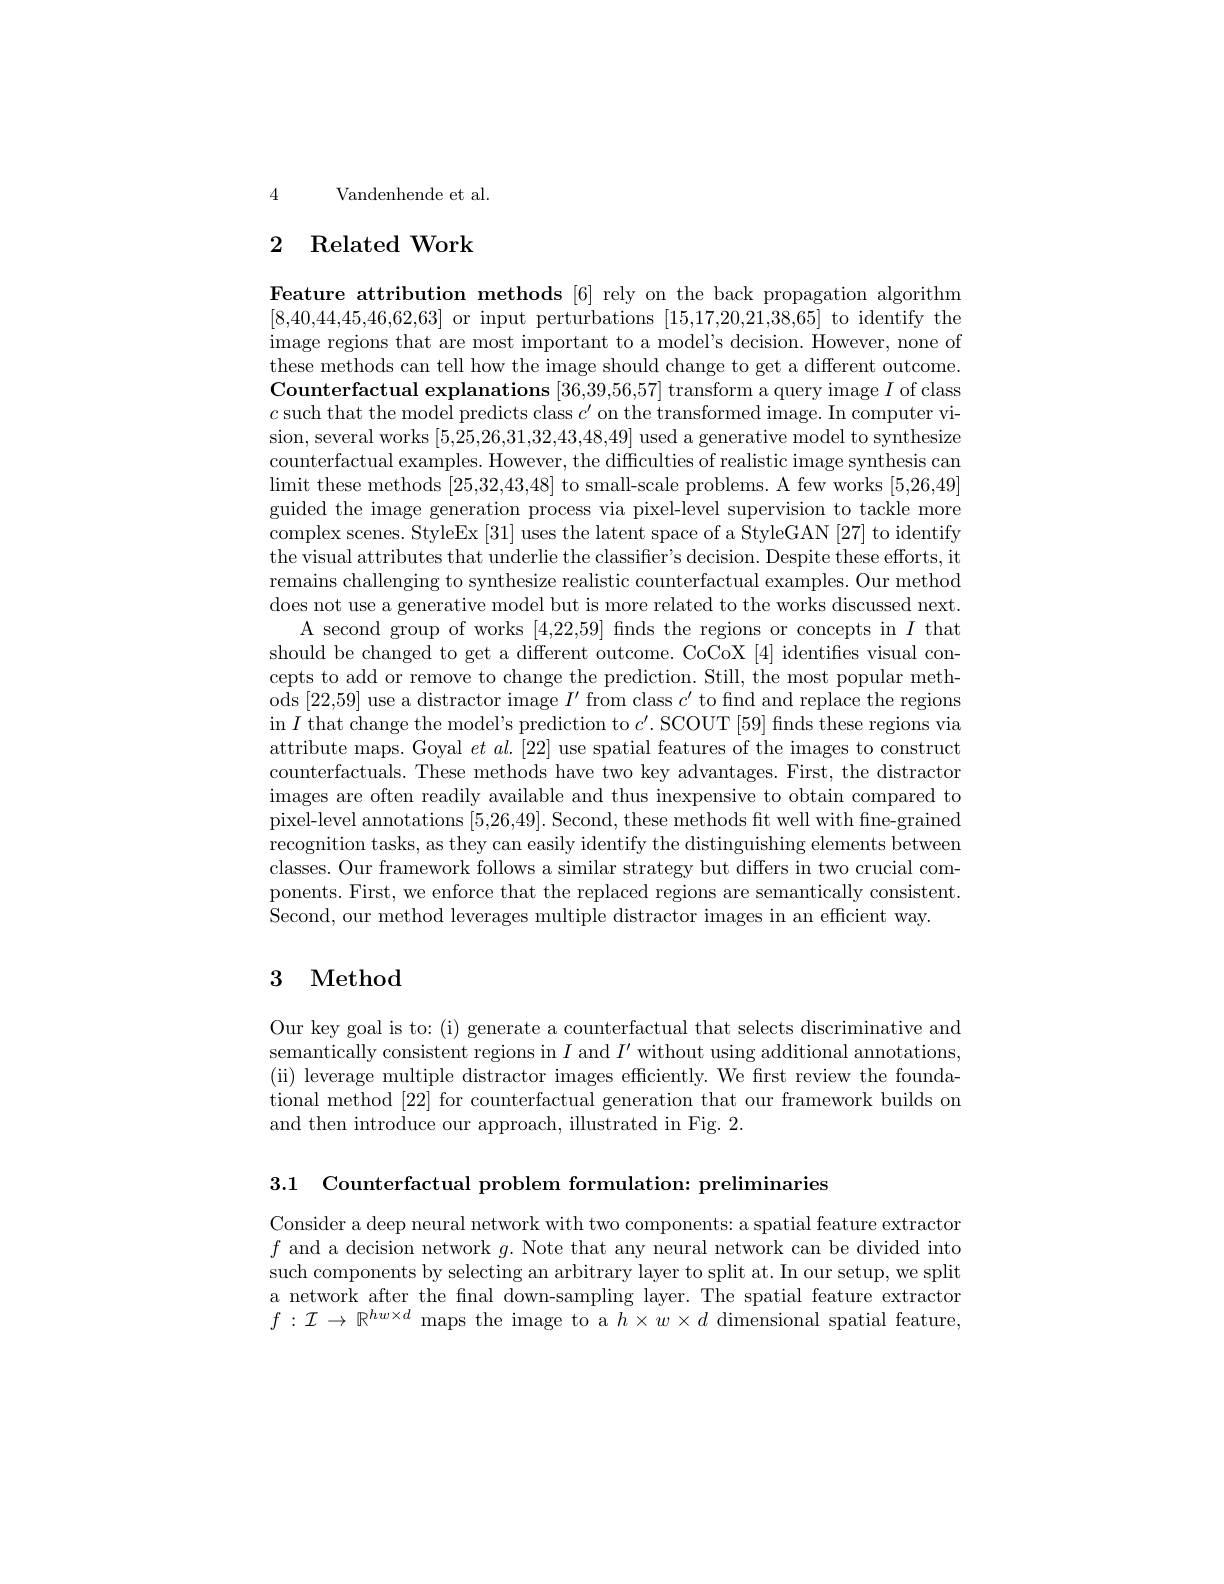
4 Vandenhende et al.

# 2 Related Work

Feature attribution methods [6] rely on the back propagation algorithm [8,40,44,45,46,62,63] or input perturbations [15,17,20,21,38,65] to identify the image regions that are most important to a model's decision. However, none of these methods can tell how the image should change to get a different outcome. Counterfactual explanations [36,39,56,57] transform a query image $I$ of class $c$ such that the model predicts class $c^\prime$ on the transformed image. In computer vision, several works [5,25,26,31,32,43,48,49] used a generative model to synthesize counterfactual examples. However, the difficulties of realistic image synthesis can $\operatorname*{limit~these~methods~}[25,32,43,48]$ to small-scale problems. A few works [5,26,49] guided the image generation process via pixel-level supervision to tackle more complex scenes. StyleEx [31] uses the latent space of a StyleGAN [27] to identify the visual attributes that underlie the classifier's decision. Despite these efforts, it remains challenging to synthesize realistic counterfactual examples. Our method does not use a generative model but is more related to the works discussed next.
A second group of works [4,22,59] finds the regions or concepts in $I$ that should be changed to get a different outcome. CoCoX [4] identifies visual concepts to add or remove to change the prediction. Still, the most popular methods [22,59] use a distractor image $I^\prime$ from class $c^\prime$ to find and replace the regions in $I$ that change the model's prediction to $c^\prime.$ SCOUT [59] finds these regions via attribute maps. Goyal $et\textit{al. [ 22] use spatial features of the images to construct}$ counterfactuals. These methods have two key advantages. First, the distractor images are often readily available and thus inexpensive to obtain compared to pixel-level annotations [5,26,49]. Second, these methods fit well with fine-grained recognition tasks, as they can easily identify the distinguishing elements between classes. Our framework follows a similar strategy but differs in two crucial components. First, we enforce that the replaced regions are semantically consistent. Second, our method leverages multiple distractor images in an efficient way.

## 3 Method

Our key goal is to: (i) generate a counterfactual that selects discriminative and semantically consistent regions in $I$ and $I^\prime$ without using additional annotations, (ii) leverage multiple distractor images efficiently. We frst review the foundational method [22] for counterfactual generation that our framework builds on and then introduce our approach, illustrated in Fig. 2.

3.1 Counterfactual problem formulation: preliminaries

Consider a deep neural network with two components: a spatial feature extractor $f$ and a decision network $g.$ Note that any neural network can be divided into such components by selecting an arbitrary layer to split at. In our setup, we split a network after the fnal down-sampling layer. The spatial feature extractor $f:\mathcal{I}\to\mathbb{R}^{hw\times d}$ maps the image to a $h\times w\times d$ dimensional spatial feature,